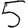
Digit: 5